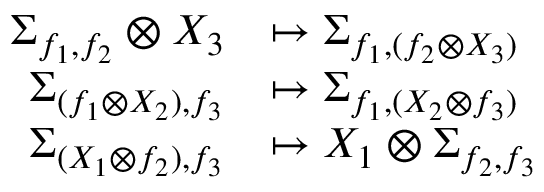
\begin{array} { r l } { \Sigma _ { f _ { 1 } , f _ { 2 } } \otimes X _ { 3 } } & { \mapsto \Sigma _ { f _ { 1 } , ( f _ { 2 } \otimes X _ { 3 } ) } } \\ { \Sigma _ { ( f _ { 1 } \otimes X _ { 2 } ) , f _ { 3 } } } & { \mapsto \Sigma _ { f _ { 1 } , ( X _ { 2 } \otimes f _ { 3 } ) } } \\ { \Sigma _ { ( X _ { 1 } \otimes f _ { 2 } ) , f _ { 3 } } } & { \mapsto X _ { 1 } \otimes \Sigma _ { f _ { 2 } , f _ { 3 } } } \end{array}